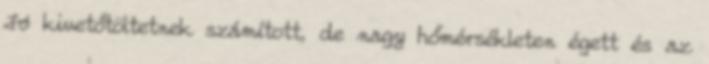
Jó kivetőtöltetnek számított, de nagy hőmérsékleten égett és az